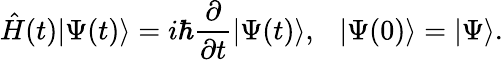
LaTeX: {\hat{H}}(t)|\Psi(t)\rangle=i\hbar{\frac{\partial}{\partial t}}|\Psi(t)\rangle,\ \ \ |\Psi(0)\rangle=|\Psi\rangle.